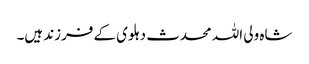
شاہ ولی اللہ محدث دہلوی کے فرزند ہیں۔